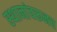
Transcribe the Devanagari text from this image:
स्थानांवरूनच